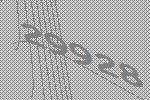
29928